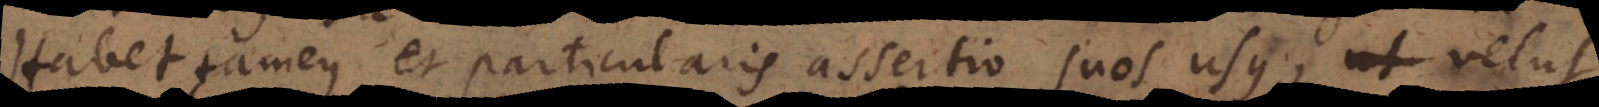
Habet tamen et particularis assertio suos usus, ut cum